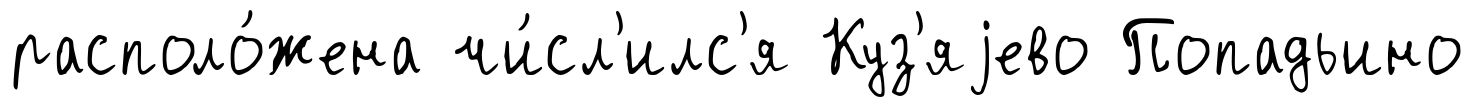
располо́жена чи́сл'илс'я Куз'яjево Попадьино